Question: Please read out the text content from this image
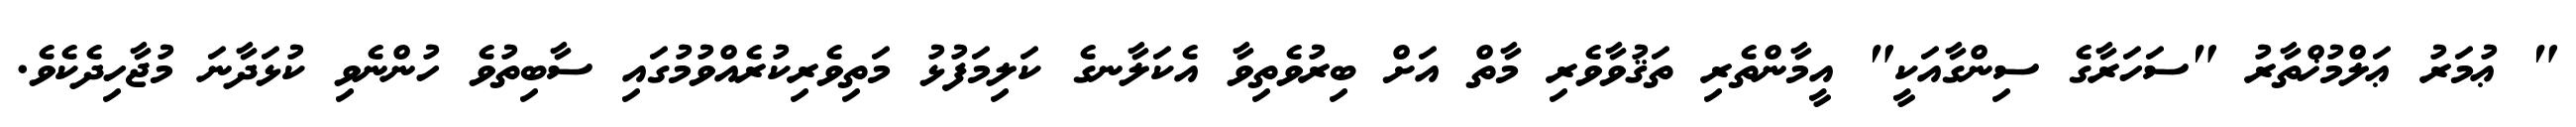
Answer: " ޢުމަރު ޢަލްމުޚްތާރު "ސަހަރާގެ ސިންގާއަކީ" އީމާންތެރި ތަޤުވާވެރި މާތް އަށް ބިރުވެތިވާ އެކަލާނގެ ކަލިމަފުޅު މަތިވެރިކުރެއްވުމުގައި ސާބިތުވެ ހުންނެވި ކުޅަދާނަ މުޖާހިދެކެވެ.